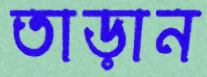
তাড়ান